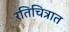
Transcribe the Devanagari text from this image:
रतिचित्रात